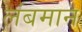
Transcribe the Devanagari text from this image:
लंबमान